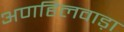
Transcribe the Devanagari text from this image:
अणहिलवाड़ा